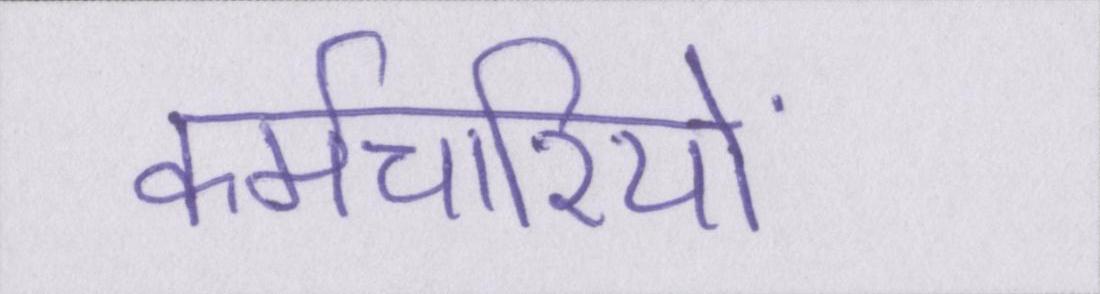
कर्मचारियों